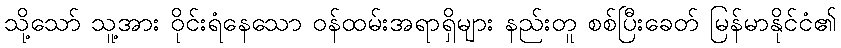
သို့သော် သူ့အား ဝိုင်းရံနေသော ဝန်ထမ်းအရာရှိများ နည်းတူ စစ်ပြီးခေတ် မြန်မာနိုင်ငံ၏